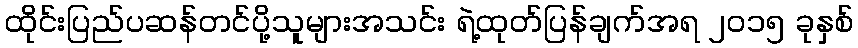
ထိုင်းပြည်ပဆန်တင်ပို့သူများအသင်း ရဲ့ထုတ်ပြန်ချက်အရ ၂၀၁၅ ခုနှစ်